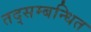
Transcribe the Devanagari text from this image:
तद्सम्बन्धित